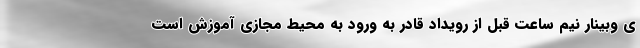
ی وبینار نیم ساعت قبل از رویداد قادر به ورود به محیط مجازی آموزش است